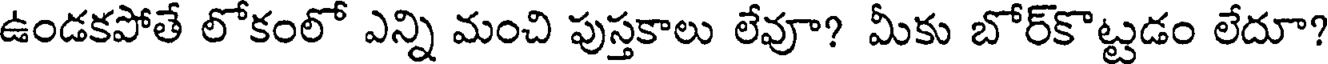
ఉండకపోతే లోకంలో ఎన్ని మంచి పుస్తకాలు లేవూ? మీకు బోర్కొట్టడం లేదూ?